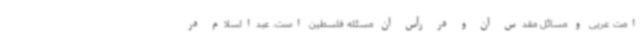
امت عربی و مسائل مقدس آن و در رأس آن مسئله فلسطین است. عبدالسلام در